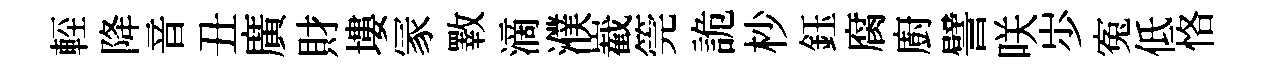
䡖降音丑廣財塿冡斁滴濮嶻筦詭杪鈺腐廚譬咲𡵯寃低恪